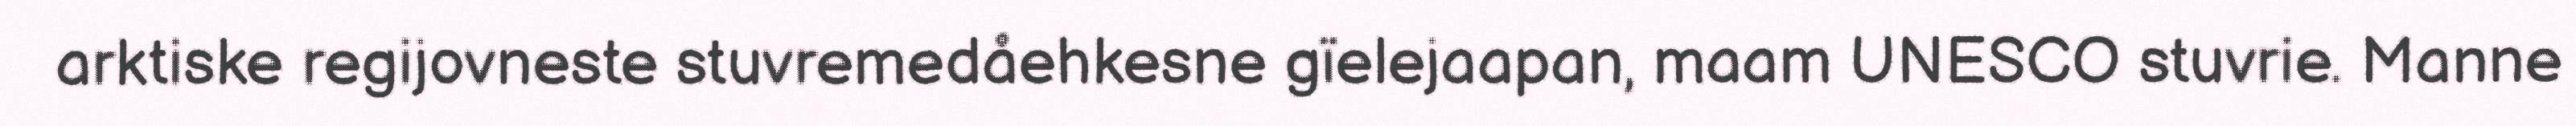
arktiske regijovneste stuvremedåehkesne gïelejaapan, maam UNESCO stuvrie. Manne